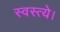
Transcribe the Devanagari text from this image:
स्वस्त्ये।